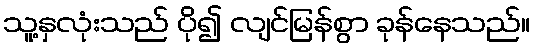
သူ့နှလုံးသည် ပို၍ လျင်မြန်စွာ ခုန်နေသည်။